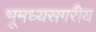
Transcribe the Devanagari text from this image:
भूमध्यसगरीय